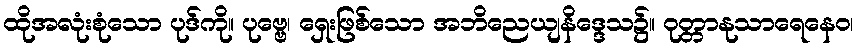
ထိုအလုံးစုံသော ပုဒ်ကို။ ပုဗ္ဗေ၊ ရှေးဖြစ်သော အဘိညေယျနိဒ္ဒေသ၌။ ဝုတ္တာနုသာရေနေဝ၊